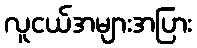
လူငယ်အများအပြား